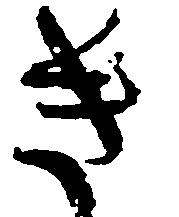
き